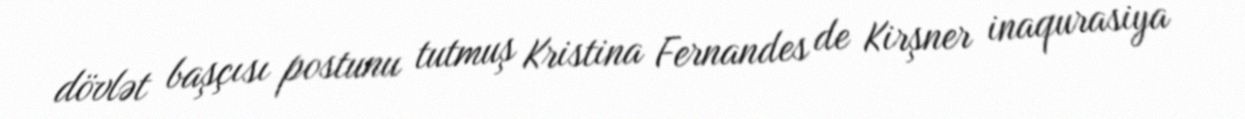
dövlət başçısı postunu tutmuş Kristina Fernandes de Kirşner inaqurasiya